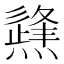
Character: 𤑊